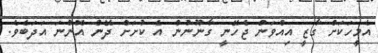
އެމީހަކަށް ގާޒީ އިއްވަން ޖެހޭނީ ގާނޫނުން އެ ކުށަށް ދޭން އޮންނަ އަދަބެވެ.